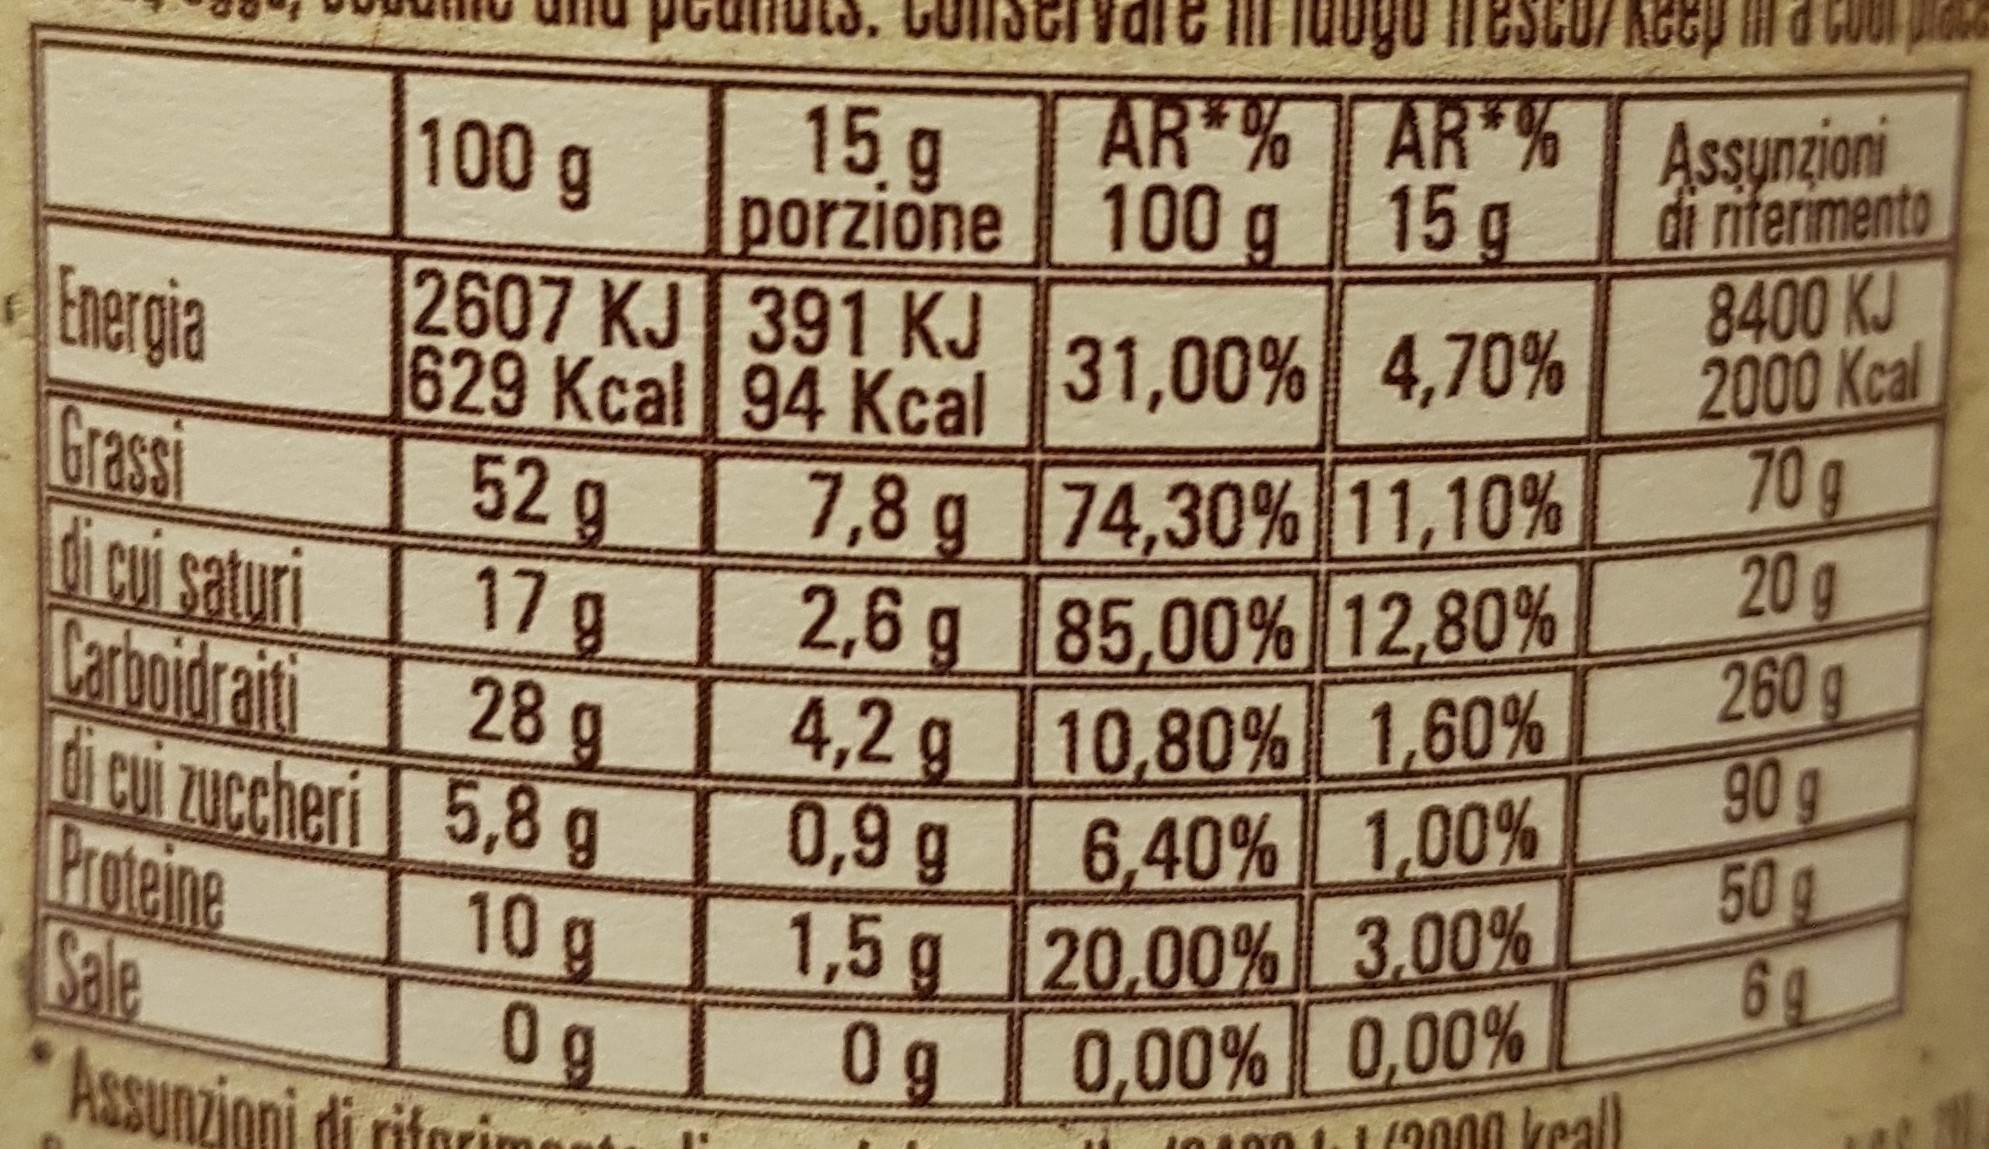
Vdie ill laogo inescu/ keep in a coo AR % AR % 15g
Assynzioni di riferimento 8400 KJ 2000 Kcal 70g 20g 260g 90g 50g 6g
100 g
15 g porzione 100 g
2607 KJ 391 KJ 629Kcal 94 Kcal
Energia Grassi di cui saturi Carboidraiti di cui zuccheri 5,8 g Proteine
31,00% 4,70%
7,8 g 74,30% 11,10% 2,6 g 85,00% 12,80% 4,2g 10,80% 1,60% 6,40% 1,00% 1,5 g 20,00% 3.00% 0,00% 0,00%
52g 17g 28g
0,9 g
10g
Sale
0g Assunzioni di rifori
0g
In L00 t.1 (9
000 keal)